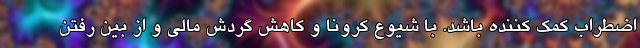
اضطراب کمک کننده باشد. با شیوع کرونا و کاهش گردش مالی و از بین رفتن